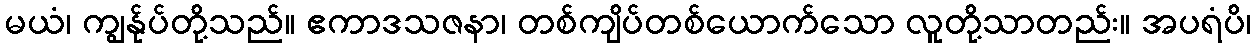
မယံ၊ ကျွန်ုပ်တို့သည်။ ဧကာဒသဇနာ၊ တစ်ကျိပ်တစ်ယောက်သော လူတို့သာတည်း။ အပရံပိ၊